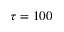
\tau = 1 0 0